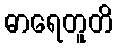
ဓာရေတူတိ